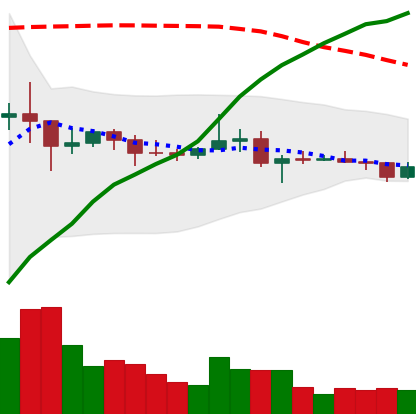
Ticker: XRP-USD
Chart end date: 2021-01-28
Forward return: 39.81%
Label: up_7plus